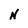
Character: N